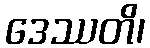
ဒေဿတိ၊